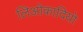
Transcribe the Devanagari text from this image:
लिओकादियो